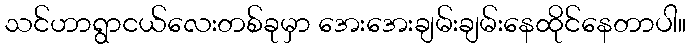
သင်ဟာရွာငယ်လေးတစ်ခုမှာ အေးအေးချမ်းချမ်းနေထိုင်နေတာပါ။